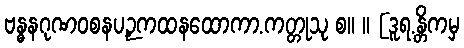
ဗန္ဓနဂုဏဝစနပဉှကထနထောကာ.ကတ္တုသု စ။ ။ [ဒူရ.န္တိကမှ